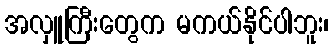
အလှူကြီးတွေက မကယ်နိုင်ပါဘူး၊